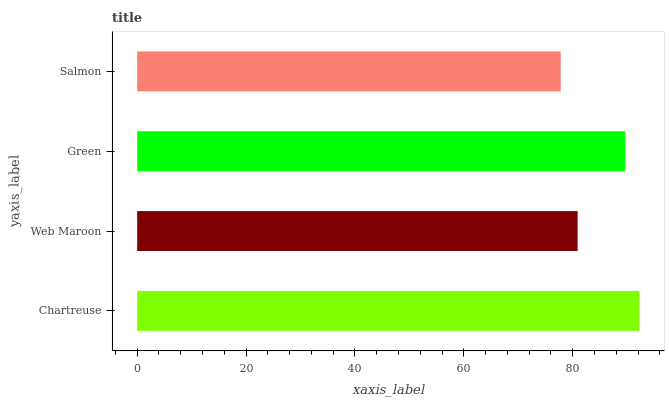
| yaxis_label | bars |
 | --- | --- |
 | Chartreuse | 92.3 |
 | Web Maroon | 80.9 |
 | Green | 89.7 |
 | Salmon | 77.8 |